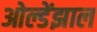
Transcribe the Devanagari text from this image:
ओल्डेंझाल